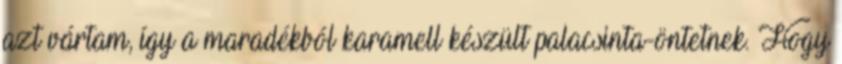
azt vártam, így a maradékból karamell készült palacsinta-öntetnek. Hogy